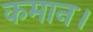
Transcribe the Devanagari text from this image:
कमान।